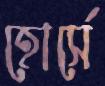
হোর্সে